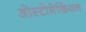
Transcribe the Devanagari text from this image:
ओस्टोमेकियन